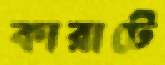
কারাটে